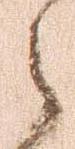
之